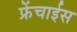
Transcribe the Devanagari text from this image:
फ्रेंचाईस